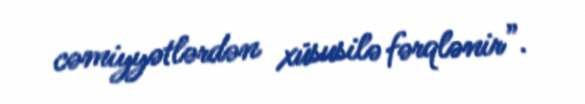
cəmiyyətlərdən xüsusilə fərqlənir”.